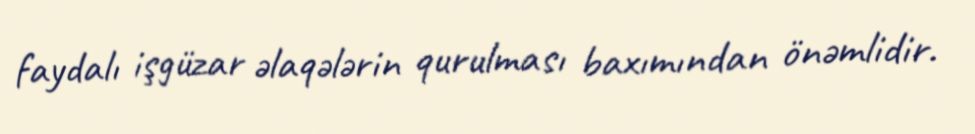
faydalı işgüzar əlaqələrin qurulması baxımından önəmlidir.